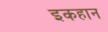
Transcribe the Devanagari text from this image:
इकहान